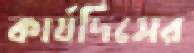
কার্যদিসের